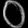
Digit: ၀